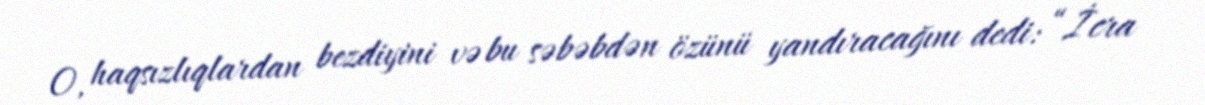
O, haqsızlıqlardan bezdiyini və bu səbəbdən özünü yandıracağını dedi: “İcra